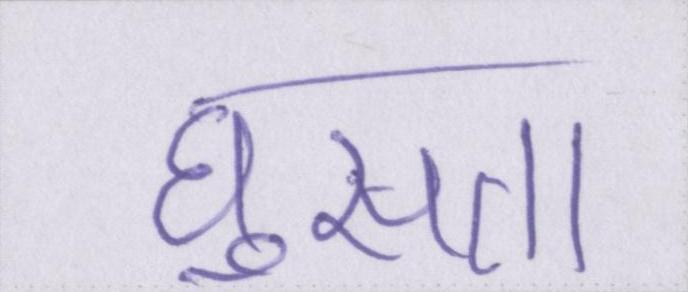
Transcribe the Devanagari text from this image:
घुसता